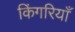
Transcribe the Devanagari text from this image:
किंगरियाँ